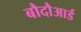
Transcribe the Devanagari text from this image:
बौदौआर्ड